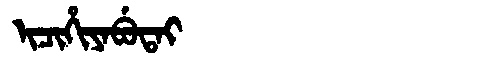
Manchu: ᡳᠴᡳᡥᡳᠶᠠᠪᡠᡨᠠᡳ
Romanization: ICIHIYABUTAI